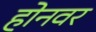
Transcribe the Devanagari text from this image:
होनवर